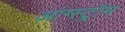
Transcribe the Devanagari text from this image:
आंग्स्ट्रॉम